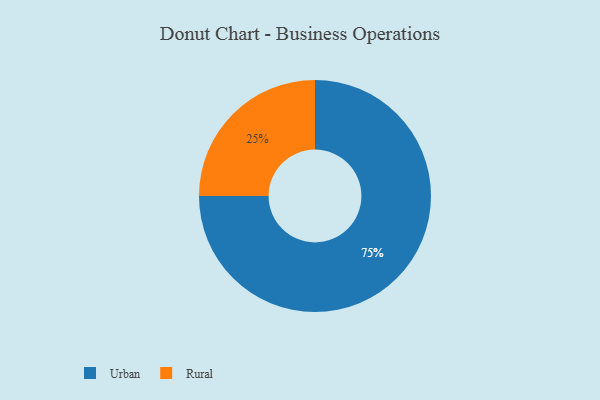
{"axis": {"x": "Category", "y": "Percentage"}, "legend": ["Rural", "Urban"], "data": [{"x": "Urban", "y": 75, "type": "Urban"}, {"x": "Rural", "y": 25, "type": "Rural"}]}